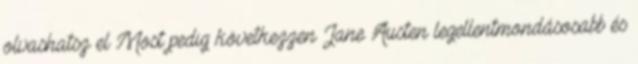
olvashatsz el Most pedig következzen Jane Austen legellentmondásosabb és